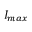
I _ { m a x }